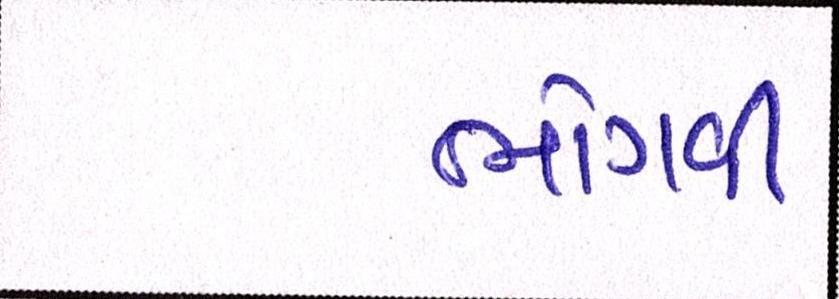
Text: ભોગવી